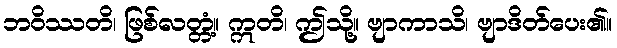
ဘဝိဿတိ၊ ဖြစ်လတ္တံ့။ ဣတိ၊ ဤသို့။ ဗျာကာသိ၊ ဗျာဒိတ်ပေး၏။